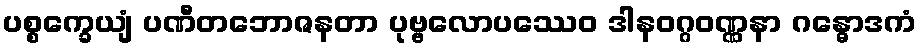
ပစ္စက္ခေယျံ ပဏီတဘောဇနတာ ပုဗ္ဗလောပဿေဝ ဒါနဝဂ္ဂဝဏ္ဏနာ ဂန္ဓောဒကံ